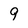
Character: 9